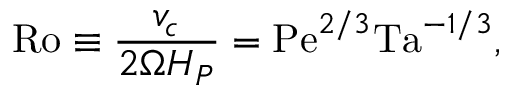
\mathrm { R o } \equiv { \frac { v _ { c } } { 2 \Omega H _ { P } } } = \mathrm { P e } ^ { 2 / 3 } \mathrm { T a } ^ { - 1 / 3 } ,